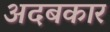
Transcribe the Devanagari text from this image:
अदबकार